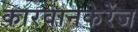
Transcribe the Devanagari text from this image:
कारवानकेरेंज